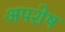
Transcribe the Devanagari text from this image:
अपशेष